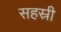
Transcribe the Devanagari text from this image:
सहस्री